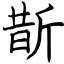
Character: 斮